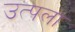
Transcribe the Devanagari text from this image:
उत्पला